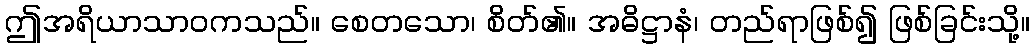
ဤအရိယာသာဝကသည်။ စေတသော၊ စိတ်၏။ အဓိဋ္ဌာနံ၊ တည်ရာဖြစ်၍ ဖြစ်ခြင်းသို့။